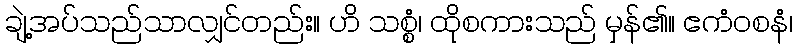
ချဲ့အပ်သည်သာလျှင်တည်း။ ဟိ သစ္စံ၊ ထိုစကားသည် မှန်၏။ ဧကံဝစနံ၊